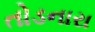
તોડનારા